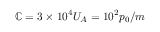
\mathbb { C } = 3 \times 1 0 ^ { 4 } U _ { A } = 1 0 ^ { 2 } p _ { 0 } / m